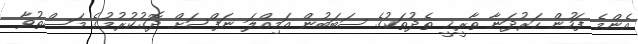
އެންމެ ފަހުން ހަރުދަނާ ތާރީޚީ ތެދުތަކުގެ ސަބަބުން އަމިއްލަ ނަފްސަށް ދޮގުކުރުމުގެ މަސްތުވާ